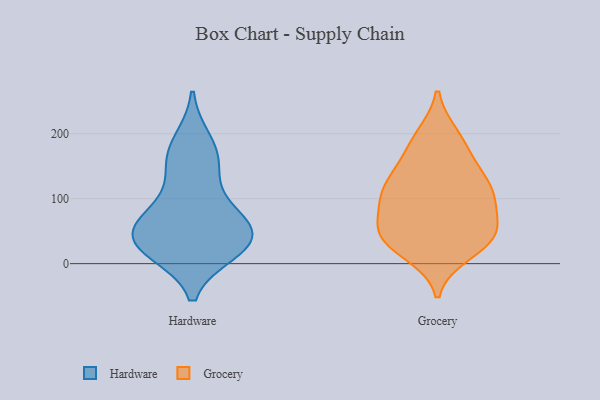
{"axis": {"x": "LTV (USD)", "y": "Value"}, "legend": ["Grocery", "Hardware"], "data": [{"x": "", "y": 54, "type": "Hardware"}, {"x": "", "y": 42, "type": "Hardware"}, {"x": "", "y": 82, "type": "Hardware"}, {"x": "", "y": 30, "type": "Hardware"}, {"x": "", "y": 158, "type": "Hardware"}, {"x": "", "y": 187, "type": "Hardware"}, {"x": "", "y": 34, "type": "Hardware"}, {"x": "", "y": 78, "type": "Hardware"}, {"x": "", "y": 151, "type": "Hardware"}, {"x": "", "y": 33, "type": "Hardware"}, {"x": "", "y": 21, "type": "Hardware"}, {"x": "", "y": 62, "type": "Grocery"}, {"x": "", "y": 113, "type": "Grocery"}, {"x": "", "y": 44, "type": "Grocery"}, {"x": "", "y": 104, "type": "Grocery"}, {"x": "", "y": 17, "type": "Grocery"}, {"x": "", "y": 145, "type": "Grocery"}, {"x": "", "y": 30, "type": "Grocery"}, {"x": "", "y": 46, "type": "Grocery"}, {"x": "", "y": 107, "type": "Grocery"}, {"x": "", "y": 112, "type": "Grocery"}, {"x": "", "y": 50, "type": "Grocery"}, {"x": "", "y": 42, "type": "Grocery"}, {"x": "", "y": 196, "type": "Grocery"}, {"x": "", "y": 159, "type": "Grocery"}, {"x": "", "y": 104, "type": "Grocery"}, {"x": "", "y": 190, "type": "Grocery"}]}